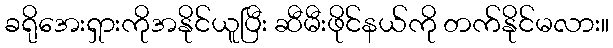
ခရိုအေးရှားကိုအနိုင်ယူပြီး ဆီမီးဖိုင်နယ်ကို တက်နိုင်မလား။